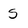
Character: S